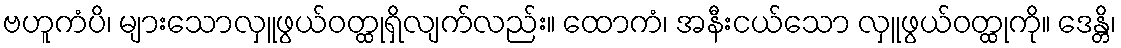
ဗဟူကံပိ၊ များသောလှူဖွယ်ဝတ္ထုရှိလျက်လည်း။ ထောကံ၊ အနီးငယ်သော လှူဖွယ်ဝတ္ထုကို။ ဒေန္တိ၊